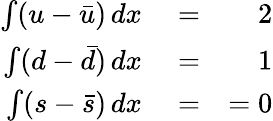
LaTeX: \begin{array}{rlr}{\int(u-\bar{u})\, dx}&{{}=}&{2}\\ {\int(d-\bar{d})\, dx}&{{}=}&{1}\\ {\int(s-\bar{s})\, dx}&{{}=}&{=0}\end{array}